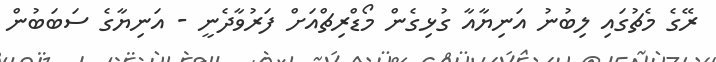
ރޭގެ މެޗުގައި ލިބުނު އަނިޔާއާ ގުޅިގެން މޯޑްރިޗްއަށް ފަރުވާދެނީ - އަނިޔާގެ ސަބަބުން